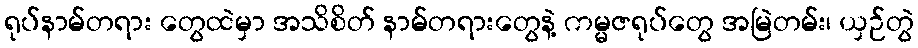
ရုပ်နာမ်တရား တွေထဲမှာ အသိစိတ် နာမ်တရားတွေနဲ့ ကမ္မဇရုပ်တွေ အမြဲတမ်း၊ ယှဉ်တွဲ